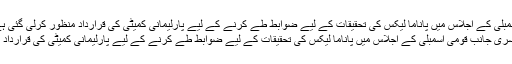
Image caption دوسری جانب قومی اسمبلی کے اجلاس میں پاناما لیکس کی تحقیقات کے لیے ضوابط طے کرنے کے لیے پارلیمانی کمیٹی کی قرارداد منظور کرلی گئی ہے
دوسری جانب قومی اسمبلی کے اجلاس میں پاناما لیکس کی تحقیقات کے لیے ضوابط طے کرنے کے لیے پارلیمانی کمیٹی کی قرارداد منظور کر لی گئی ہے۔